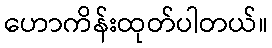
ဟောကိန်းထုတ်ပါတယ်။